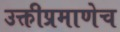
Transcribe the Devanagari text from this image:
उक्तीप्रमाणेच